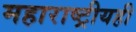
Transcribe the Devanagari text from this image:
महाराष्ट्रीयही